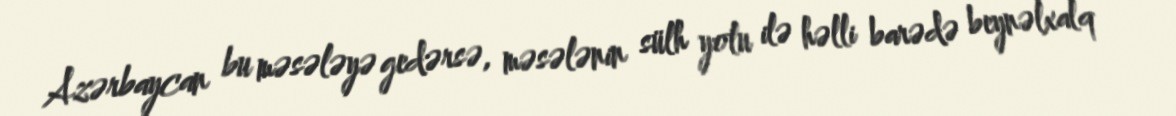
Azərbaycan bu məsələyə gedərsə, məsələnin sülh yolu ilə həlli barədə beynəlxalq